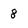
Character: 8